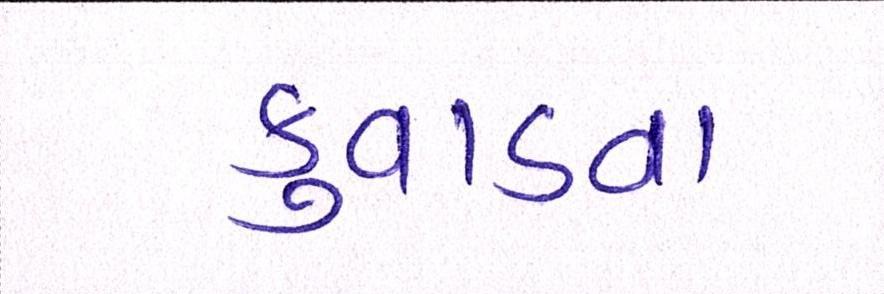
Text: કુવાડવા